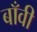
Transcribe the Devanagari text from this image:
बाँवी